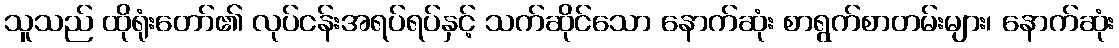
သူသည် ထိုရုံးတော်၏ လုပ်ငန်းအရပ်ရပ်နှင့် သက်ဆိုင်သော နောက်ဆုံး စာရွက်စာတမ်းများ၊ နောက်ဆုံး